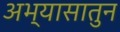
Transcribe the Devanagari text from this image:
अभ्यासातुन